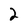
Character: 2